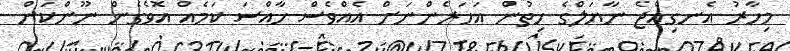
މިހާރު އެނގިއްޖެ ނާޔަލްގެ ހިތުން އަހަރެންނަށް އެއްވެސް ހާއްސަ ކަމެއް އޮވެގެން ނޫންކަން